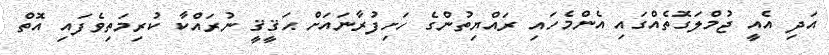
އަދި އެއީ ޖުމްލަގޮތެއްގައި އެންމެހައި ރައްޔިތުންގެ ހަށިފުރާނައަށް ޙަޤީޤީ ނުރައްކާ ކުރިމަތިވެފައި އޮތް